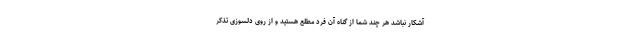
آشکار نباشد هر چند شما از گناه آن فرد مطلع هستید و از روی دلسوزی تذکر